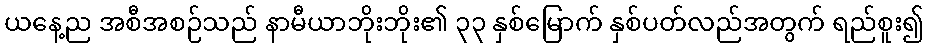
ယနေ့ည အစီအစဉ်သည် နာမီယာဘိုးဘိုး၏ ၃၃ နှစ်မြောက် နှစ်ပတ်လည်အတွက် ရည်စူး၍